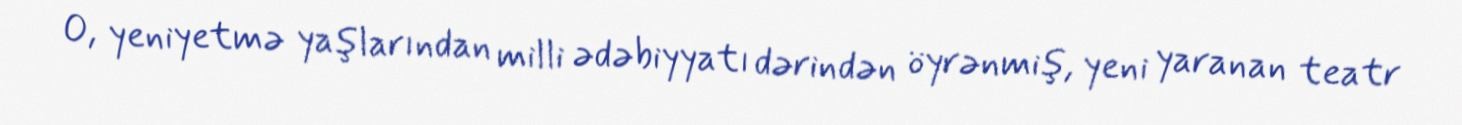
O, yeniyetmə yaşlarından milli ədəbiyyatı dərindən öyrənmiş, yeni yaranan teatr